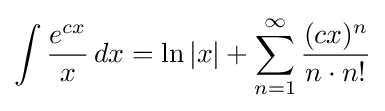
\int {\frac {e^{cx}}{x}}\,dx=\ln |x|+\sum _{n=1}^{\infty }{\frac {(cx)^{n}}{n\cdot n!}}